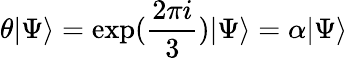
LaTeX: \theta\vert\Psi\rangle=\exp(\frac{2\pi i}{3})\vert\Psi\rangle=\alpha\vert\Psi\rangle